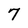
Character: 7